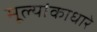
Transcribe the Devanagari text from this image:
मूल्यांकाधारे